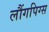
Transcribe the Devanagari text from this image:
लौंगपिग्स